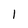
Character: I